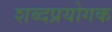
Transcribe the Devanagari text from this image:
शब्दप्रयोगक